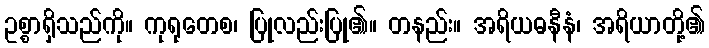
ဥစ္စာရှိသည်ကို။ ကုရုတေစ၊ ပြုလည်းပြု၏။ တနည်း။ အရိယဓနီနံ၊ အရိယာတို့၏